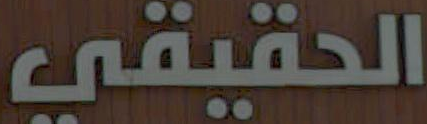
الحقيقي